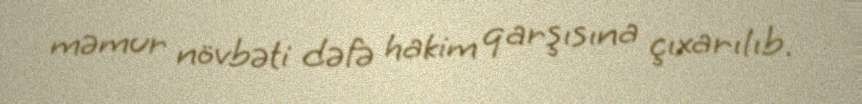
məmur növbəti dəfə hakim qarşısına çıxarılıb.